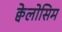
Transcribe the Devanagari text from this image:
क्वेलोसिम